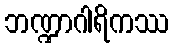
ဘဏ္ဍာဂါရိကဿ